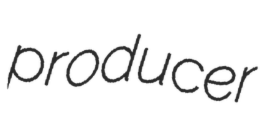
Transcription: producer